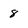
Character: 8